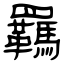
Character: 羈